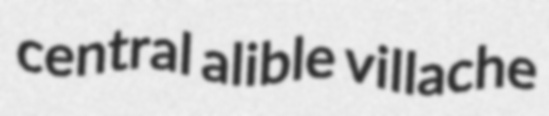
central alible villache